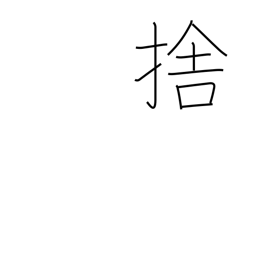
Meaning: throw away